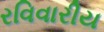
રવિવારીય